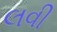
લવી